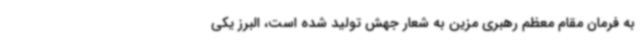
به فرمان مقام معظم رهبری مزین به شعار جهش تولید شده است، البرز یکی